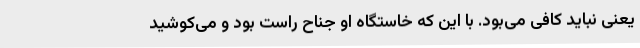
یعنی نباید کافی می‌بود. با این که خاستگاه او جناح راست بود و می‌کوشید